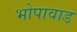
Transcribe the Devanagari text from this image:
भोपावाड